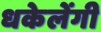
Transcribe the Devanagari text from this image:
धकेलेंगी